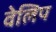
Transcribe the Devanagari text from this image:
वेलिप